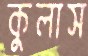
কুলাস